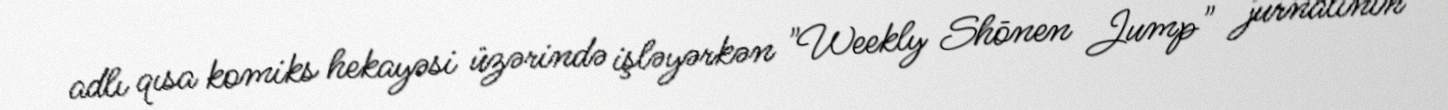
adlı qısa komiks hekayəsi üzərində işləyərkən "Weekly Shōnen Jump" jurnalının